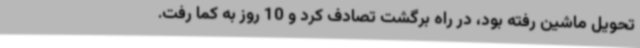
تحویل ماشین رفته بود، در راه برگشت تصادف کرد و 10 روز به کما رفت.